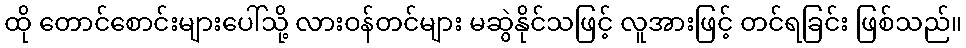
ထို တောင်စောင်းများပေါ်သို့ လားဝန်တင်များ မဆွဲနိုင်သဖြင့် လူအားဖြင့် တင်ရခြင်း ဖြစ်သည်။